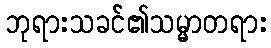
ဘုရားသခင်၏သမ္မာတရား